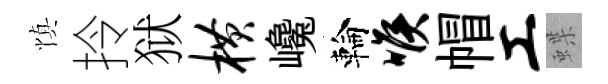
慎拎狱横巉輪喉帽工蝶